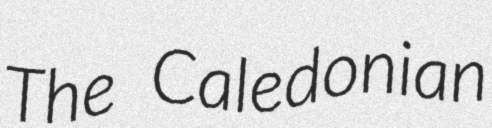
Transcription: The Caledonian